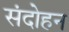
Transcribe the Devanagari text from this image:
संदोहन